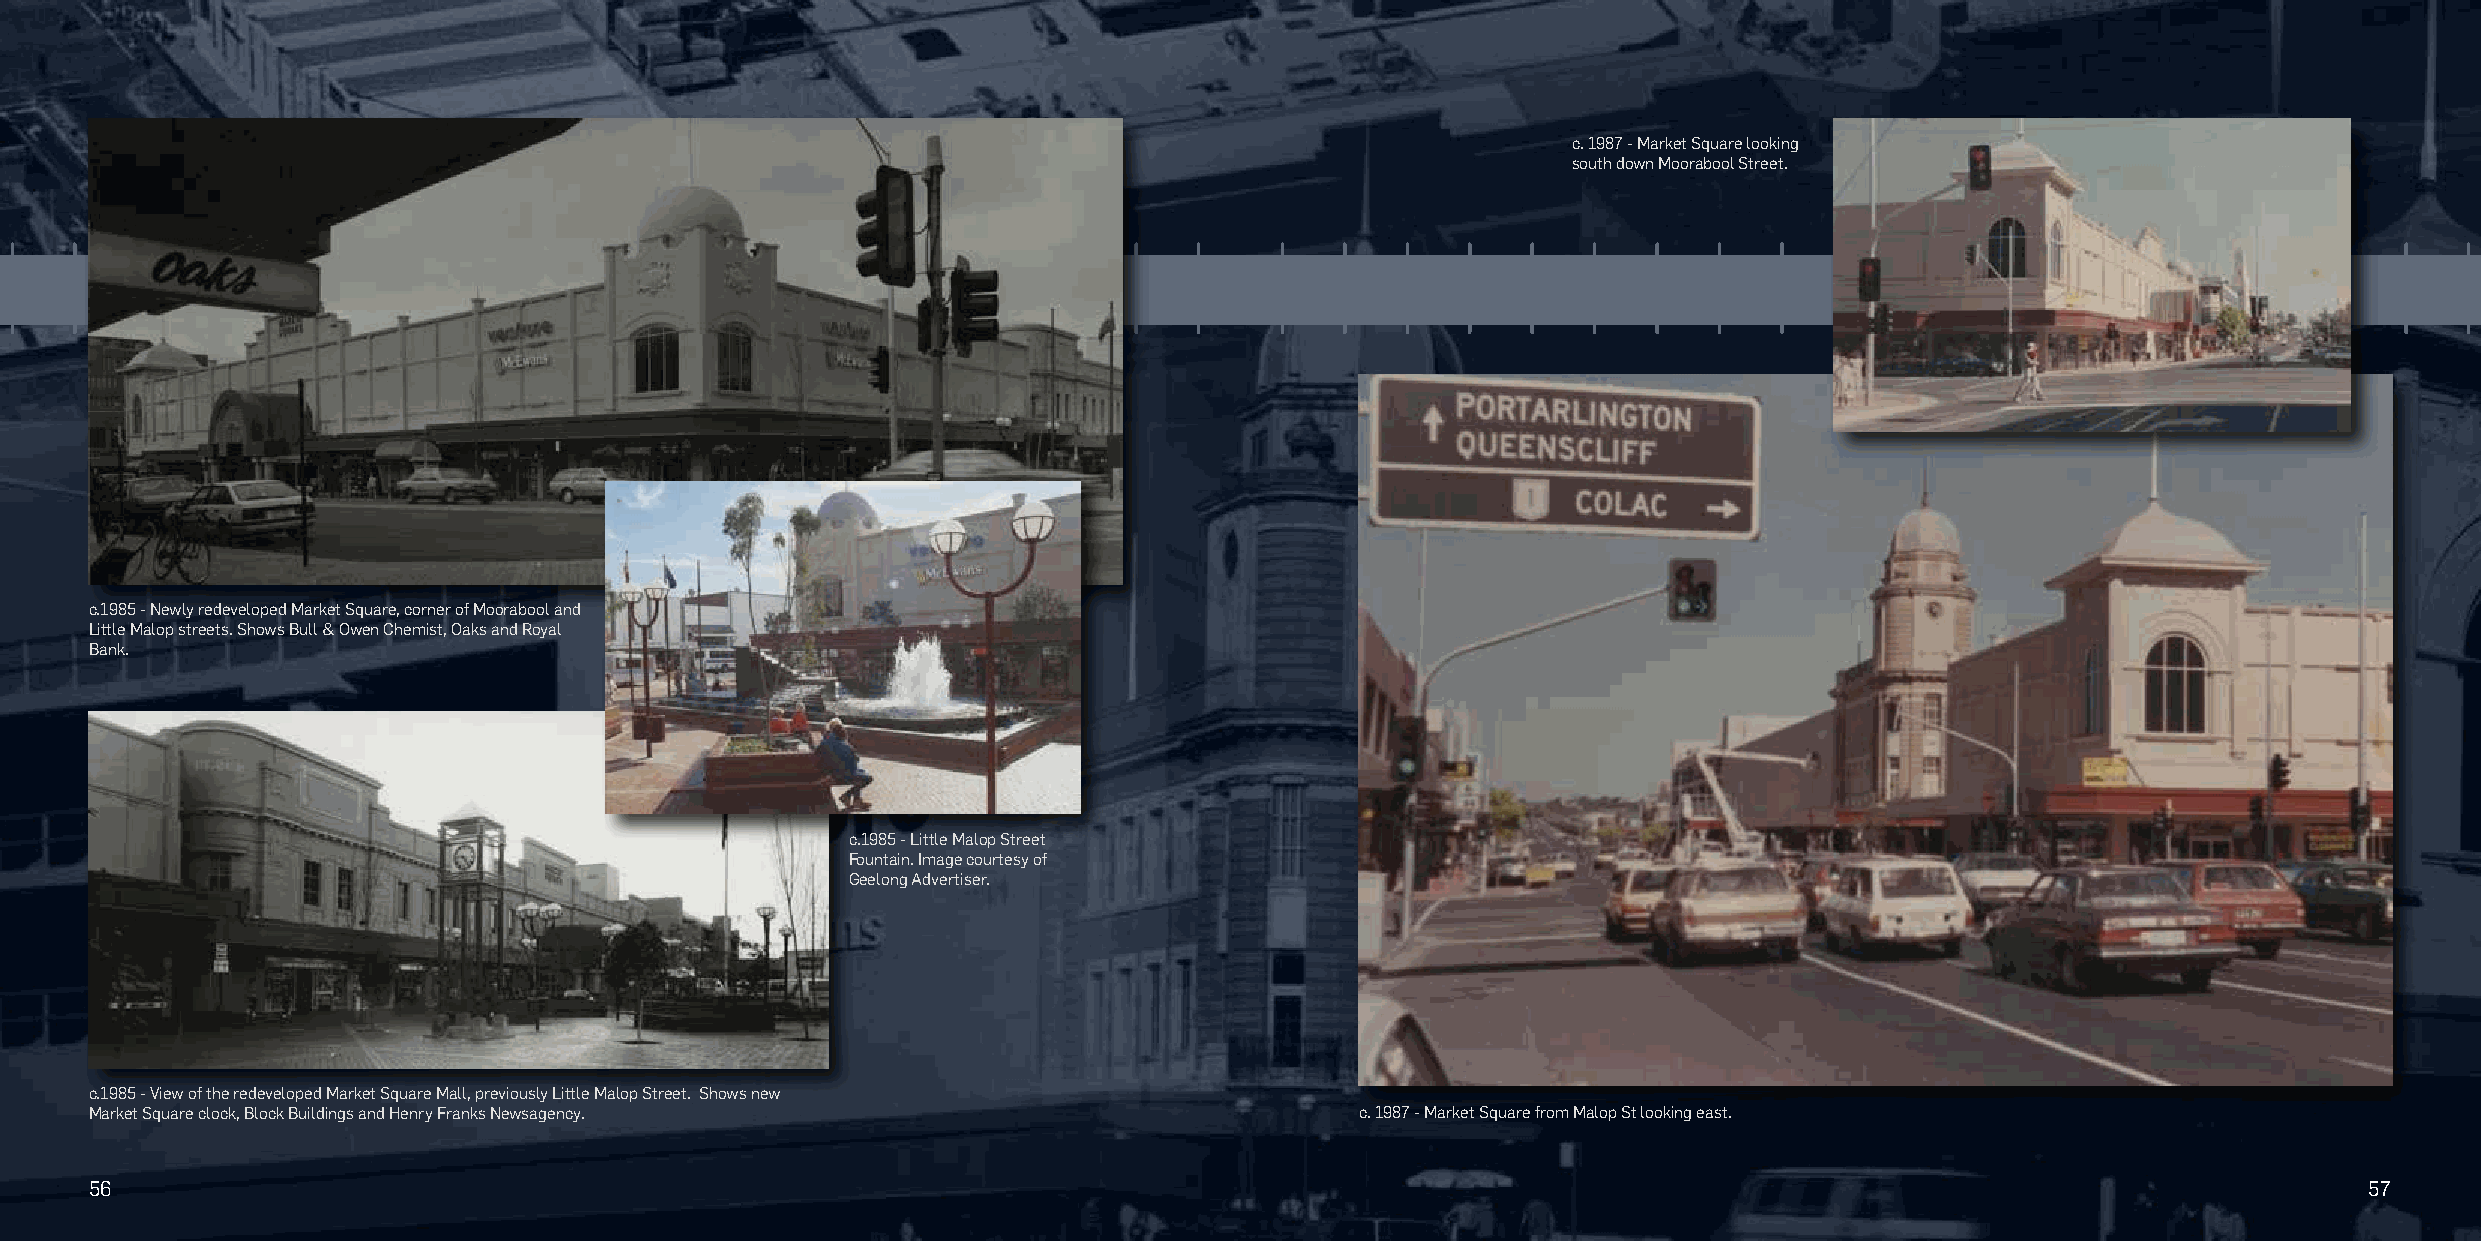
c. 1987 - Market Square looking
 south down Moorabool Street.
 c.1985 - Newly redeveloped Market Square, corner of Moorabool and
 Little Malop streets. Shows Bull & Owen Chemist, Oaks and Royal
 Bank.
 c.1985 - Little Malop Street
 Fountain. Image courtesy of
 Geelong Advertiser.
 c.1985 - View of the redeveloped Market Square Mall, previously Little Malop Street. Shows new
 Market Square clock, Block Buildings and Henry Franks Newsagency.                   c. 1987 - Market Square from Malop St looking east.
 56                                                                                                                                                     57